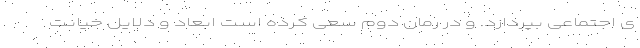
ی اجتماعی بپردازد. و در رمان دوم سعی کرده است ابعاد و دلایل خیانت